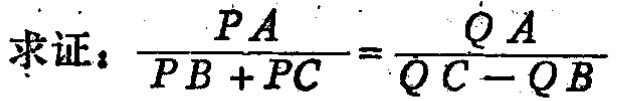
求证：\(\frac{PA}{PB + PC}=\frac{QA}{QC - QB}\)